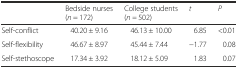
<table><thead><tr><td>[EMPTY_CELL]</td><td><b>Bedside nurses (<i>n</i> = 172)</b></td><td><b>College students (<i>n =</i> 502)</b></td><td><b><i>t</i></b></td><td><b><i>P</i></b></td></tr></thead><tbody><tr><td>Self-conflict</td><td>40.20 ± 9.16</td><td>46.13 ± 10.00</td><td>6.85</td><td>&lt;0.01</td></tr><tr><td>Self-flexibility</td><td>46.67 ± 8.97</td><td>45.44 ± 7.44</td><td>−1.77</td><td>0.08</td></tr><tr><td>Self-stethoscope</td><td>17.34 ± 3.92</td><td>18.12 ± 5.09</td><td>1.83</td><td>0.07</td></tr></tbody></table>